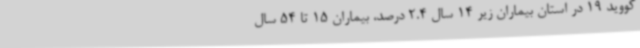
کووید 19 در استان بیماران زیر 14 سال 2.4 درصد، بیماران 15 تا 54 سال